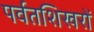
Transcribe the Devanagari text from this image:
पर्वतशिखरों